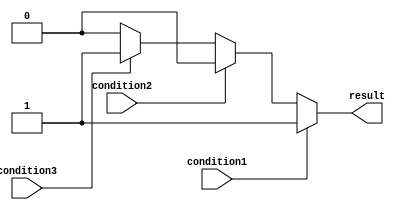
module priority_case (
    input wire condition1,
    input wire condition2,
    input wire condition3,
    output reg result
);

always @*
begin
    case(1'b1)
        condition1: result = 1;
        condition2: result = 2;
        condition3: result = 3;
        default: result = 0;
    endcase
end

endmodule